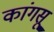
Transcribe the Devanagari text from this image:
कांगसू